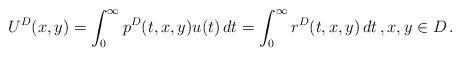
LaTeX: \begin{align*}U^D(x,y)=\int_0^{\infty}p^D(t,x,y)u(t)\, dt=\int_0^{\infty}r^D(t,x,y)\, dt\, , x,y \in D\, .\end{align*}